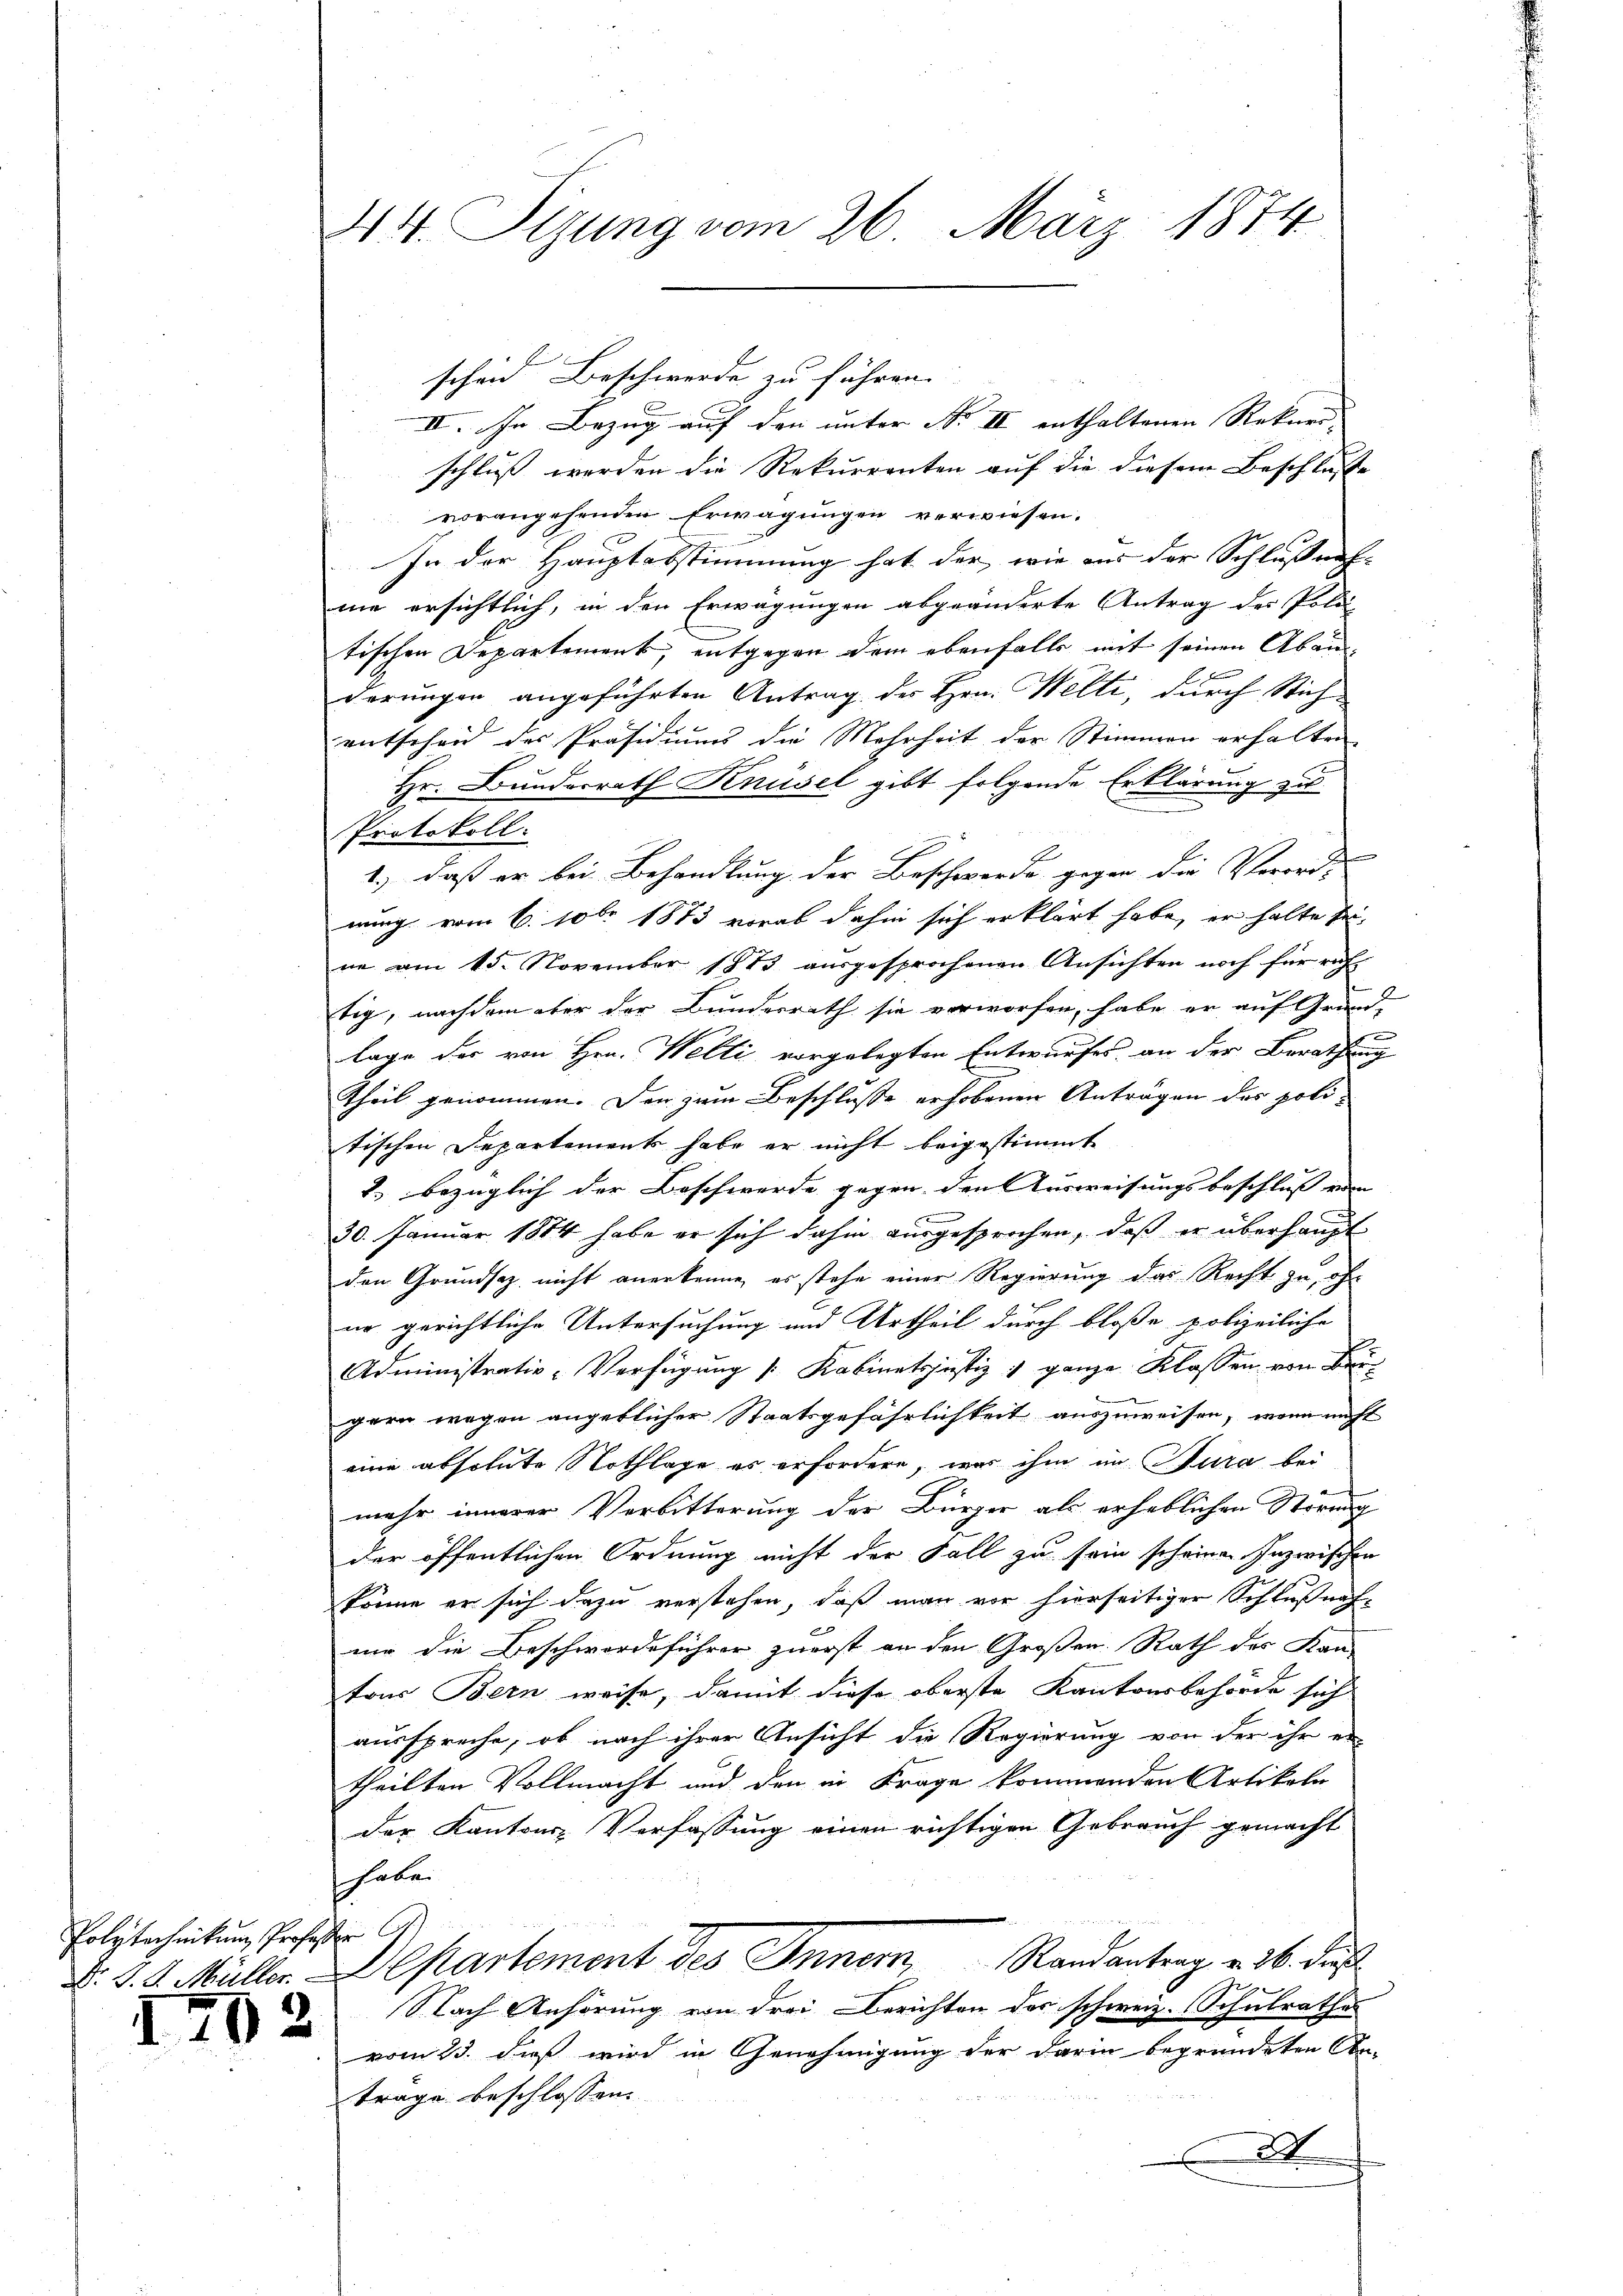
Polytechnikum Professor G

1702

44. Sizung vom 26. März 1874

III. In Bezug auf den unter No II enthaltenen Rekurs- |
schluss werden die Rekurrenten auf die diesem Beschlusse
vorangehenden Erwägungen verwiesen.
In der Hauptabstimmung hat der, wie aus der Schlussens-
me ersichtlich, in den Erwägungen abgeänderte Antrag des Poldi
tischen Departement, entgegen dem ebenfalls mit seinen Abänderungen angeführten Antrag des Hrn. Welti, durch Stichentscheid des Präsidiums die Mehrheit der Stimmen erhalten,
Hr. Bundesrath Knüsel gibt folgende Erklärung zu
.
Protokoll.
1.) daß er bei Behandlung der Beschwerde gegen die Verorde
nung vom 6. 106. 1873 vorab dahin sich erklärt habe, er halte seine am 15. November 1883 aŭsgesprochenen Ansichten noch für richt
tig, nachdem aber der Bundesrath sie vorworfen, habe er auf Grund-
.
lage der von Hrn. Welti vorgelegten Entwurfes, an der Berathung
Theil genommen. Den zum Beschlusse erhobenen Anträgen des politischen Departements habe er nicht beigestimmt
2.) bezüglich der Beschwerde gegen den Ausweisungsbeschluss ein |
n
30. Januar 1884 habe er sich dahin ausgesprochen, daß er überhaupt
den Grundsaz nicht anerkenne, es stehe einer Regierung das Recht zu, ohn
no gerichtliche Untersuchung und Urtheil durch bloße polizeiliche
Administrativ-Verfügŭng /: Kabinetsjustiz & ganze Klassen von Beigern wegen angeblicher Staatsgefährlichkeit auszuweisen, wenn nicht
eine absolute Nothlage es erfordern, war ihm im Jura bei
mehr innerer Verbitterung der Bürger als erheblichen Störung
der öffentlichen Ordnung nicht der Fall zu sein scheinen Inzwischen
könne er sich dazu verstehen, daß man vor hierseitiger Schlußnah¬
6
nur die Beschwerdeführer zuerst an den Großen Rath des Kan-
tons Bern weise, damit diese oberste Kantonsbehörde sich
ausspreche, ob nach ihrer Ansicht die Regierung von der ihr er
theilten Vollmacht und den in Frage kommenden Artikeln
der Kantons Verfassung einen richtigen Gebrauch gemacht
haben
d. d. d. Müller Departement des Inner, Randantrag v. M. das
9
Nach Anhörung von drei Berichten des schweiz. Schulrathes
vom 23. dieß wird in Genehmigung der darin begründeten An-
trage beschlossen.
D

scheid Beschwerde zu führen.